Insane asylums in Bengal annual reports 1867-1875 - 1867-1875
Year: 1867
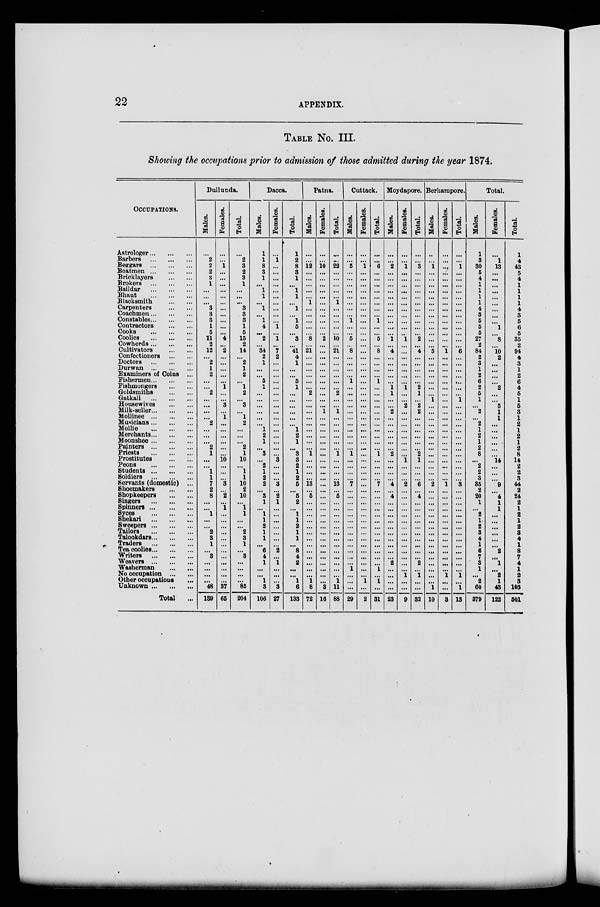
22
APPENDIX.
TABLE No. III.
Showing the occupations prior to admission of those admitted during the year 1874.
OCCUPATIONS.
Astrologer ... ... ...
Barbers
...
...
...
Beggars
...
...
...
Boatmen
...
...
...
Bricklayers ... ... ...
Brokers
...
...
...
Baildar
...
...
...
Bhaut
...
...
...
Blacksmith ... ... ...
Carpenters ... ... ...
Coachmen ... ... ...
Constables ... ... ...
Contractors ... ... ...
Cooks
...
...
...
Coolies
...
...
...
Cowherds ... ... ...
Cultivators ... ... ...
Confectioners ... ... ...
Doctors
...
...
...
Durwan
...
...
...
Examiners of Coins ...
Fishermen ... ... ...
Fishmongers
...
...
Goldsmiths
...
...
Gatkali
...
...
...
Housewives ... ...
Milk-seller ... ... ...
Mollinee
...
...
...
Musicians ... ... ...
Mollie ... ... ...
Merchants ... ... ...
Moonshee ... ... ...
Painters
...
...
...
Priests
...
...
...
Prostitutes ... ... ...
Peons
...
...
...
Students
...
...
...
Soldiers
...
...
...
Servants (domestic) ...
Shoemakers ... ... ...
Shopkeepers ... ... ...
Singers
...
...
...
Spinners
...
...
...
Syces ... ... ...
Shekari
...
...
...
Sweepers ... ... ...
Tailors
...
...
...
Talookdars ... ... ...
Traders
...
...
...
Tea coolies ... ... ...
Writers
...
...
...
Weavers
...
...
...
Washerman ... ... ...
No occupation ...
...
Other occupations ...
Unknown ... ... ...
Total ...
Dullunda.
Males.
...
2
2
2
3
1
...
...
...
3
3
3
1
5
11 2
12
...
2
1
2
...
...
2
...
...
...
...
2
...
...
...
2
1
...
...
1
1
7
2
8
...
...
1
...
...
2
3
1
...
3
...
...
...
...
48
139
Females.
...
...
1
...
...
...
...
...
...
...
...
...
...
...
4
...
2
...
...
...
...
...
1
...
...
3
...
1
...
...
...
...
...
...
10
...
...
...
3
...
2
...
1
...
...
...
...
...
...
...
...
...
...
...
...
37
65
Total.
...
2
3
2
3
1
...
...
...
3
3
3
1
5
15
2
14
...
2
1
2
...
1
2
...
3
...
1
2
...
...
...
2
1
10
...
1
1
10
2
10
...
1
1
...
...
2
3
1
...
3
...
...
...
...
85
204
Dacca.
Males.
1
1
8
3
1
...
1
1
...
1
...
1
4
...
2
...
34
2
1
...
...
5
1
...
...
...
...
...
...
1
2
1
...
3
...
2
1
2
2
...
3
1
...
1
1
2
1
1
...
6 4
1
...
...
1
3
106
Females.
...
1
...
...
...
...
...
...
...
...
...
...
1
...
1
...
7
2
...
...
...
...
...
...
...
...
...
...
...
...
...
...
...
...
3
...
...
...
3
...
2
1
...
...
...
...
...
...
...
2
...
1
...
...
...
3
27
Total.
1
2
8
3
1
...
1
1
...
1
...
1
5
...
3
...
41
4
1
...
...
5
1
...
...
...
...
...
...
1
2
1
...
3
3
2
1
2
5
...
5
2
...
1
1
2
1
1
...
8
4
2
...
...
1
6
133
Patna.
Males.
...
...
12
...
...
...
...
...
1
...
...
...
...
...
8
...
21
...
...
...
...
...
...
2
...
...
...
...
...
...
...
...
...
1
...
...
...
...
13
...
5
...
...
...
...
...
...
...
...
...
...
...
...
...
1
8
72
Females.
...
...
10
...
...
...
...
...
...
...
...
...
...
...
2
...
...
...
...
...
...
...
...
...
...
...
1
...
...
...
...
...
...
...
...
...
...
...
...
...
...
...
...
...
...
...
...
...
...
...
...
...
...
...
...
3
16
Total.
...
...
22
...
...
...
...
...
1
...
...
...
...
...
10
...
21
...
...
...
...
...
...
2
...
...
1
...
...
...
...
...
...
1
...
...
...
...
13
...
5
...
...
...
...
...
...
...
...
...
...
...
...
...
1
11
88
Cuttack.
Males.
...
...
5
...
...
...
...
...
...
...
...
1
...
...
5
...
8
...
...
...
...
1
...
...
...
...
...
...
...
...
...
...
...
1
...
...
...
...
7
...
...
...
...
...
...
...
...
...
...
...
...
...
1
...
...
...
29
Females.
...
...
1
...
...
...
...
...
...
...
...
...
...
...
...
...
...
...
...
...
...
...
...
...
...
...
...
...
...
...
...
...
...
...
...
...
...
...
...
...
...
...
...
...
...
...
...
...
...
...
...
...
...
...
1
...
2
Total.
...
...
6
...
...
...
...
...
...
...
...
1
...
...
5
...
8
...
...
...
...
1
...
...
...
...
...
...
...
...
...
...
...
1
...
...
...
...
7
...
...
...
...
...
...
...
...
...
...
...
...
...
1 ...
1
...
31
Moydapore.
Males.
...
...
2
...
...
...
...
...
...
...
...
...
...
...
1
...
4
...
...
...
...
...
1
1
...
...
2
...
...
...
...
...
...
2
...
...
...
...
4
...
4
...
...
...
...
...
...
...
...
...
...
2
...
...
...
...
23
Females.
...
...
1
...
...
...
...
...
...
...
...
...
...
...
1
...
...
...
...
...
...
...
1
...
...
2
...
...
...
...
...
...
...
...
1
...
...
...
2
...
...
...
...
...
...
...
...
...
...
...
...
...
...
1
...
...
9
Total.
...
...
3
...
...
...
...
...
...
...
...
...
...
...
2
...
4
...
...
...
...
...
2
1
...
2
2
...
...
...
...
...
...
2
1
...
...
...
6
...
4
...
...
...
...
...
...
...
...
...
...
2
...
1
...
...
32
Berhampore.
Males.
...
...
1
...
...
...
...
...
...
...
...
...
...
...
...
...
5
...
...
...
...
...
...
...
1
...
...
...
...
...
...
...
...
...
...
...
...
...
2
...
...
...
...
...
...
...
...
...
...
...
...
...
...
...
...
1
10
Females.
...
...
...
...
...
...
...
...
...
...
...
...
...
...
...
...
1
...
...
...
...
...
...
...
...
...
...
...
...
...
...
...
...
...
...
...
...
...
1
...
...
...
...
...
...
...
...
...
...
...
...
...
...
1
...
...
3
Total.
...
...
1
...
...
...
...
...
...
...
...
...
...
...
...
...
6
...
...
...
...
...
...
...
1
...
...
...
...
...
...
...
...
...
...
...
...
...
3
...
...
...
...
...
...
...
...
...
...
...
...
...
...
1
...
1
13
Total.
Males.
1
3
30
5
4
1
1
1
1
4
3
5
5
5
27
2
84
2
3
1
2
6
2
5
1
...
2
...
2
1
2
1
2
8
...
2
2
3
35
2
20
1
...
2
1
2
3
4
1
6
7
3
1
...
2
60
379
Females.
...
1
13
...
...
...
...
...
...
...
...
...
1
...
8
...
10
2
...
...
...
...
2
...
...
5
1
1
...
...
...
...
...
...
14
...
...
...
9
...
4
1
1
...
...
...
...
...
...
2
...
1
...
2
1
43
122
Total.
1
4
43
5
4
1
1
1
1
4
3
5
6
5
35
2
94
4
3
1
2
6
4
5
1
5
3
1
2
1
2
1
2
8
14
2
2
3
44
2
24
2
1
2
1
2
3
4
1
8
7
4
1
2
3
103
501